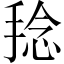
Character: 𱠑